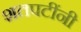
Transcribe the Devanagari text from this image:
शतपटींनी